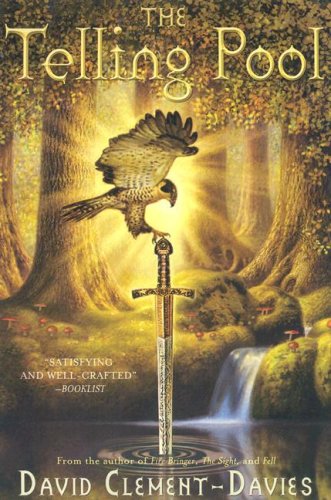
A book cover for The Telling Pool; David Clement-Davies; Teen & Young Adult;